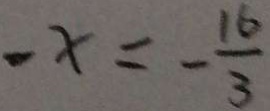
- x = - \frac { 1 6 } { 3 }